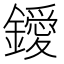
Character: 鑀